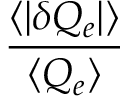
\frac { \langle | \delta Q _ { e } | \rangle } { \langle Q _ { e } \rangle }